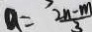
a = \frac { 2 n - m } { 3 }